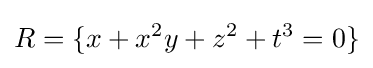
R=\{x+x^{2}y+z^{2}+t^{3}=0\}